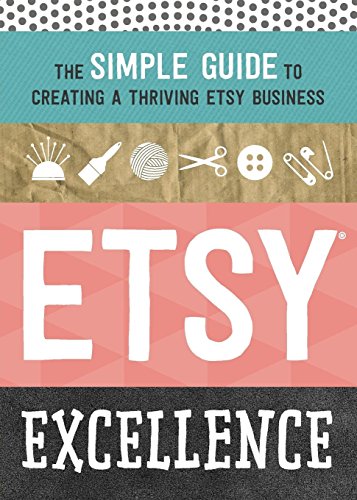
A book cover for Etsy Excellence: The Simple Guide to Creating a Thriving Etsy Business; Tycho Press; Business & Money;